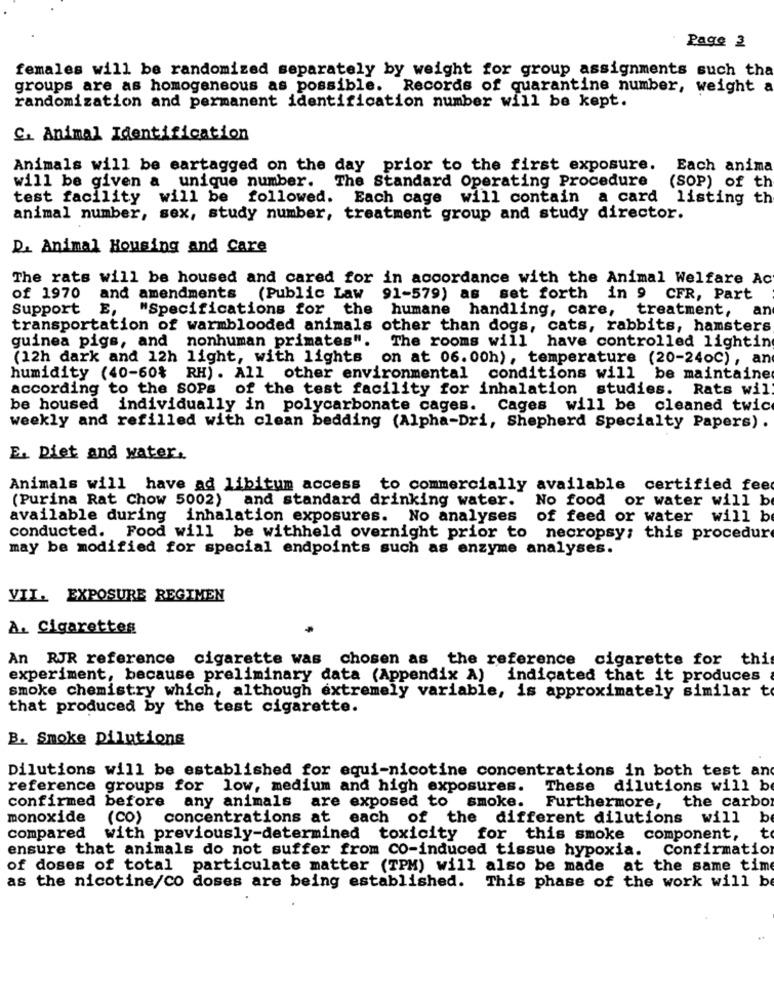
Page 3
females will be randomized separately by weight for group assignments such tha
groups are as homogeneous as possible. Records of quarantine number, weight a
randomization and permanent identification number will be kept.
C. Animal Identification
Animals will be eartagged on the day prior to the first exposure. Each anima
will be given a unique number. The Standard Operating Procedure
(SOP) of th
test facility will be followed. Each cage will contain a card listing th
animal number, sex, study number, treatment group and study director.
D. Animal Housing and Care
The rats will be housed and cared for in accordance with the Animal Welfare Ac
of 1970
and amendments (Public Law
91-579) as
set forth in 9 CFR, Part
Support
E,
"Specifications for the
humane handling, care,
treatment, an
transportation of warmblooded animals other than dogs, cats, rabbits, hamsters
guinea pigs, and nonhuman primates".
The rooms will have controlled lighting
(12h dark and 12h light, with lights
on at 06.00h), temperature (20-240C), an
humidity (40-60%
RH) . All other environmental conditions will be maintained
according to the SOPs of the test facility for inhalation studies. Rats wil.
be housed individually in polycarbonate cages. Cages will be cleaned twic
weekly and refilled with clean bedding (Alpha-Dri, Shepherd Specialty Papers) .
E. Diet and water.
Animals will have ad libitum access to commercially available certified fee
(Purina Rat Chow 5002) and standard drinking water.
No food or water will be
available during inhalation exposures. No analyses of feed or water will be
conducted. Food will be withheld overnight prior to necropsy; this procedure
may be modified for special endpoints such as enzyme analyses.
VII. EXPOSURE REGIMEN
A. Cigarettes
An RJR reference cigarette was chosen as the reference cigarette for thi
experiment, because preliminary data (Appendix A) indicated that it produces
smoke chemistry which, although extremely variable, is approximately similar to
that produced by the test cigarette.
B. Smoke Dilutions
Dilutions will be established for equi-nicotine concentrations in both test an
reference groups for low, medium and high exposures.
These dilutions will be
confirmed before any animals are exposed to smoke.
Furthermore, the carbo
monoxide
(CO) concentrations at each of the different dilutions will be
compared
with previously-determined toxicity for this smoke component,
to
Confirmation
ensure that animals do not suffer from CO-induced tissue hypoxia.
of doses of total particulate matter (TPM) will also be made at the same time
as the nicotine/CO doses are being established. This phase of the work will be